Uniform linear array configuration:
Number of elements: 48
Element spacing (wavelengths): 0.25
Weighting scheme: blackman
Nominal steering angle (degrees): -45
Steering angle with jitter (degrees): -46.596
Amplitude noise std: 0.05
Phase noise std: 0.05

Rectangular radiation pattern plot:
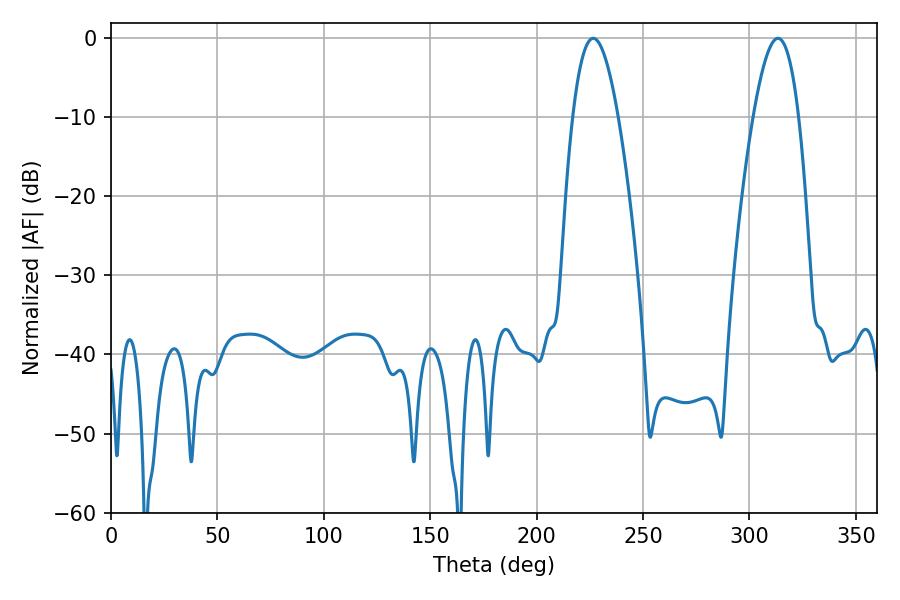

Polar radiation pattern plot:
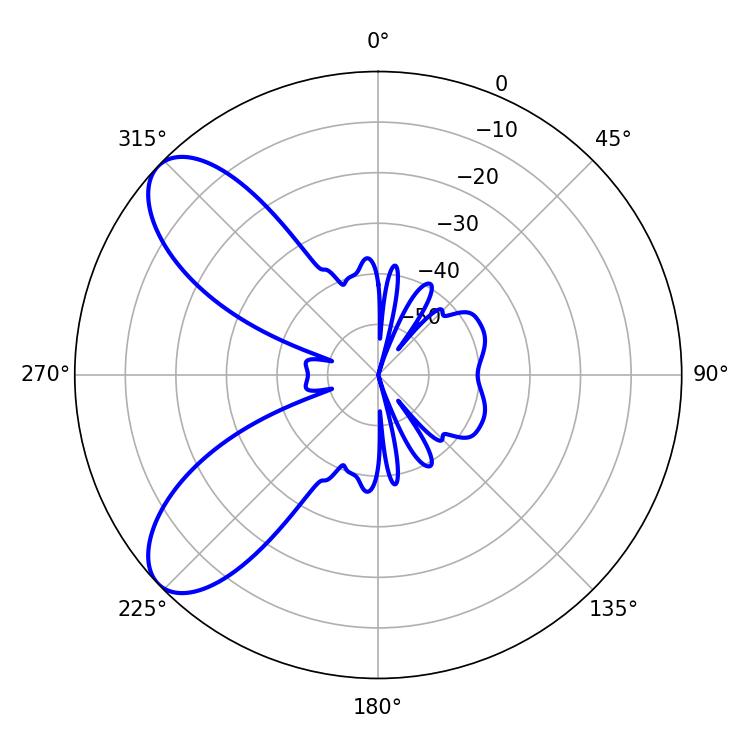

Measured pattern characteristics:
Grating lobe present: FALSE
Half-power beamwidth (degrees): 11.7
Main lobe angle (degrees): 226.62